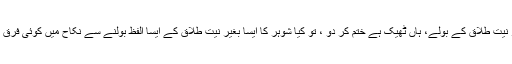
اور شوہر بغیر نیت طلاق کے بولے، ہاں ٹھیک ہے ختم کر دو ، تو کیا شوہر کا ایسا بغیر نیت طلاق کے ایسا الفظ بولنے سے نکاح میں کوئی فرق تو نہیں آتاہے؟